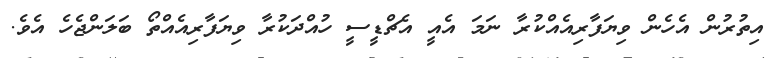
އިތުރުން އެހެން ވިޔަފާރިއެއްކުރާ ނަމަ އެއީ އެޗްޑީސީ ހުއްދަކުރާ ވިޔަފާރިއެއްތޯ ބަލަންޖެހެ އެވެ.